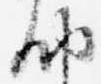
納